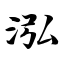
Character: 泓